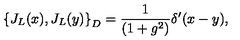
\left\{ J _ { L } ( x ) , J _ { L } ( y ) \right\} _ { D } = \frac { 1 } { ( 1 + g ^ { 2 } ) } \delta ^ { \prime } ( x - y ) ,